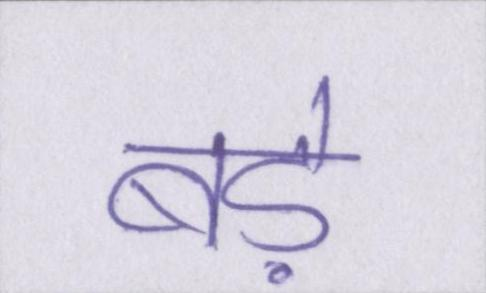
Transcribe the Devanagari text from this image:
बड़े